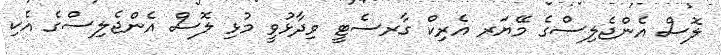
ލޮސް އެންޖެލިސްގެ މޭޔަރ އެރިކް ގާރސެޓީ ވިދާޅުވީ މުޅި ލޮސް އެންޖެލިސްގެ އެކި